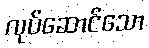
လုပ်ဆောင်သော